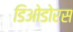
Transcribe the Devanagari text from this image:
डिओडोरस